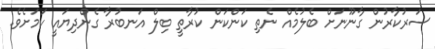
ސަރުކާރުން ގާނޫނަށް ބެލުމެއް ނެތި ކަންކަން ކުރާތީ ބިލް އަނބުރާ ގެންދިޔައީ ކަމަށެވެ.